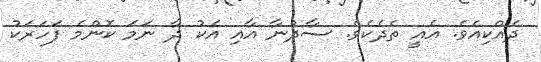
ދެއްކިއެވެ. އެއީ ތެދެކެވެ. ސާދުނާ އާއި އެކު ދާ ނަމަ ކޮންމެ ފަހަރަކު